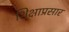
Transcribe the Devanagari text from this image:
शिक्षाप्रसार